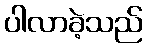
ပါလာခဲ့သည်